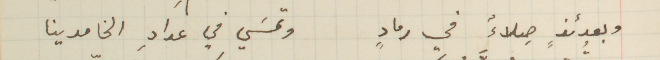
وبعدئذٍ صلاءٌ في رمادٍ وتمسَي في عدادِ الخامدينا